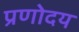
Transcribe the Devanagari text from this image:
प्रणोदय